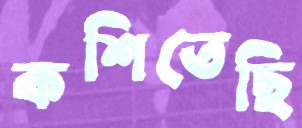
কশিতেছি